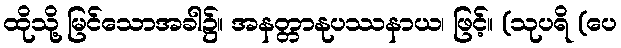
ထိုသို့ မြင်သောအခါ၌။ အနတ္တာနုပဿနာယ၊ ဖြင့်။ (သုပရိ (ပေ